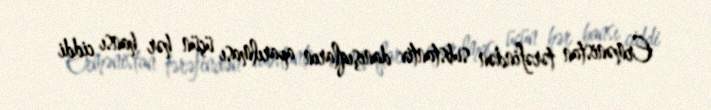
Ermənistan tərəfindən substantiv danışıqların aparılması üçün hər hansı ciddi